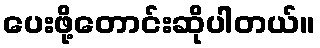
ပေးဖို့တောင်းဆိုပါတယ်။